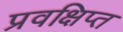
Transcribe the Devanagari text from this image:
प्रवक्षिप्त